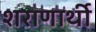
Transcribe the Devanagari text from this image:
शराणार्थी